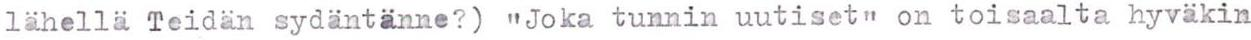
lähellä Teidän sydäntänne?) "Joka tunnin uutiset" on toisaalta hyväkin